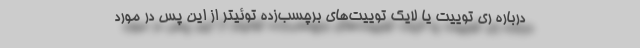
درباره ری‌ توییت یا لایک توییت‌های برچسب‌زده توئیتر از این پس در مورد